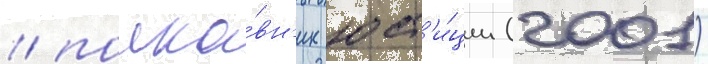
/ полко́вн'ик юст'и́ции (2001)